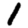
Digit: 1